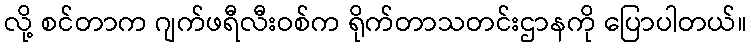
လို့ စင်တာက ဂျက်ဖရီလီးဝစ်က ရိုက်တာသတင်းဌာနကို ပြောပါတယ်။